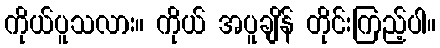
ကိုယ်ပူသလား။ ကိုယ် အပူချိန် တိုင်းကြည့်ပါ။